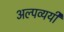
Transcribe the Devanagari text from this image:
अल्पव्ययी